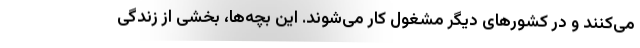
می‌کنند و در کشورهای دیگر مشغول کار می‌شوند. این بچه‌ها، بخشی از زندگی